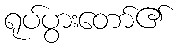
ရုပ်ပွားတော်၏